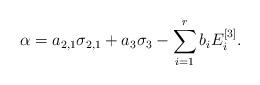
LaTeX: \begin{align*}\alpha = a_{2,1}\sigma_{2,1} + a_3\sigma_{3} - \sum_{i=1}^r b_i E_i^{[3]}.\end{align*}